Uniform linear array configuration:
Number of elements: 16
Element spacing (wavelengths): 0.75
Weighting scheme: kaiser
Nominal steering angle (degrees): -60
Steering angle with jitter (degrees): -58.1
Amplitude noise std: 0.05
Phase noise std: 0.05

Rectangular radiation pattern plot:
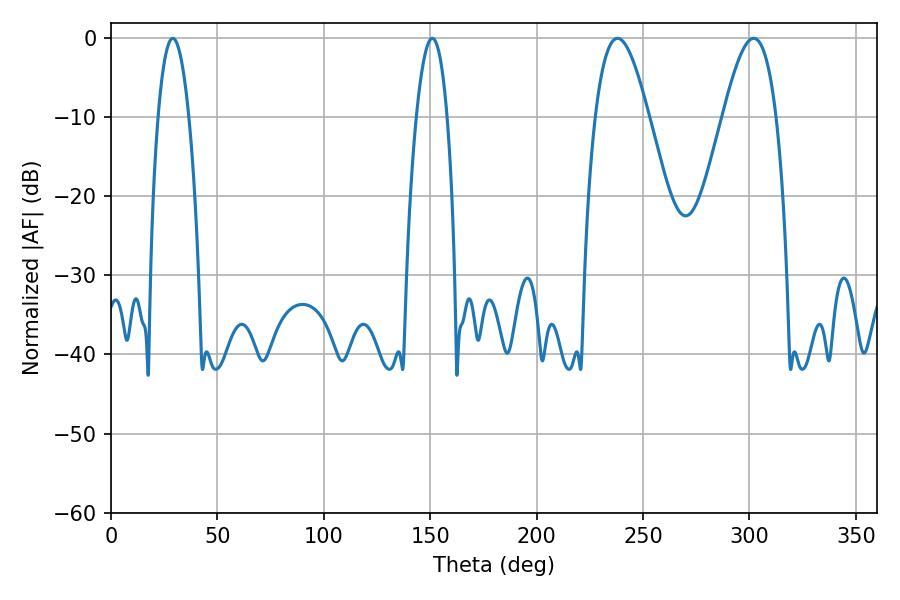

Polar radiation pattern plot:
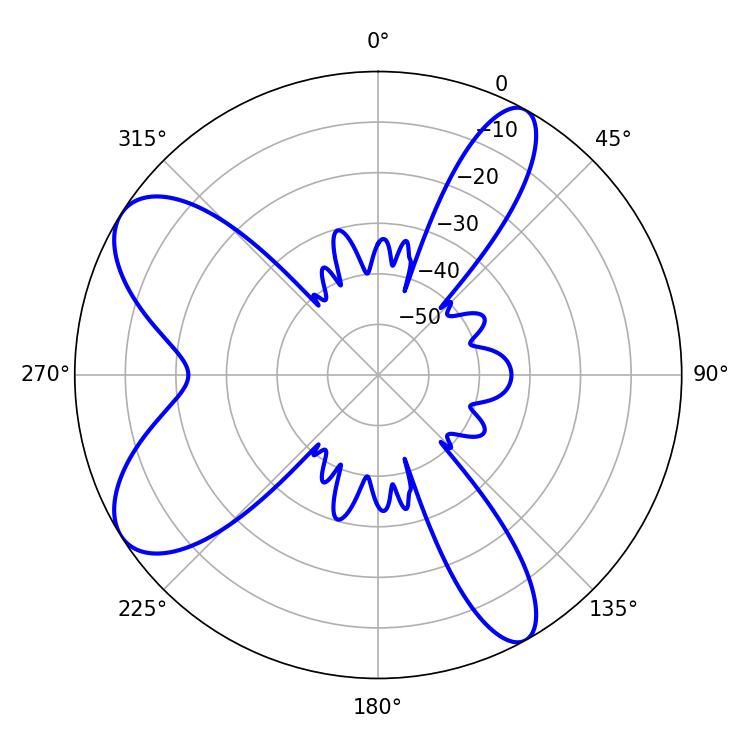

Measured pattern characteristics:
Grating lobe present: TRUE
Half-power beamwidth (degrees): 13.68
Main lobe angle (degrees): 237.96